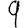
Digit: 9